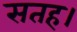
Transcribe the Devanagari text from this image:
सतह।